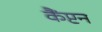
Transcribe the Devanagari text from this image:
कैंप्टन